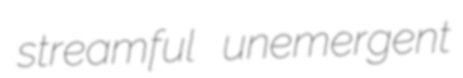
streamful unemergent